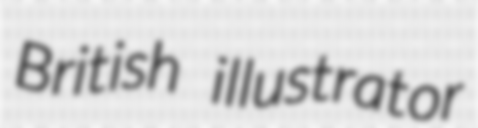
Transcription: British illustrator